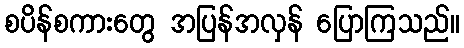
စပိန်စကားတွေ အပြန်အလှန် ပြောကြသည်။